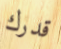
قدرك